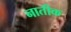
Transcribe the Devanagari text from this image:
नातीक